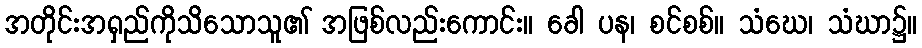
အတိုင်းအရှည်ကိုသိသောသူ၏ အဖြစ်လည်းကောင်း။ ခေါ ပန၊ စင်စစ်။ သံဃေ၊ သံဃာ၌။